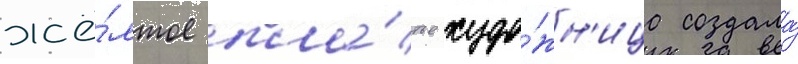
жё́лтое пла́тье худо́жн'ица создала́